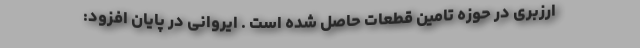
ارزبری در حوزه تامین قطعات حاصل شده است . ایروانی در پایان افزود: